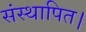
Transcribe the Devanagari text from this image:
संस्थापित।